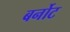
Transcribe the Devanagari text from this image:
बर्नोट